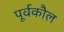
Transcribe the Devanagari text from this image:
पूर्वकौल